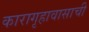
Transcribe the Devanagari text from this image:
कारागृहावासाची